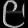
Digit: ၉